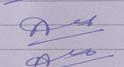
Signature authenticity: forged